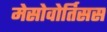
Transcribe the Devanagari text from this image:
मेसोवोर्तिसस